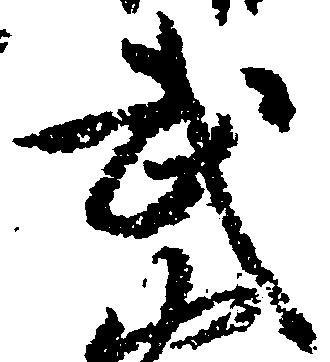
武